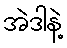
အဲဒါနဲ့